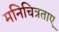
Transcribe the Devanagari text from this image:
मनिचित्रताए